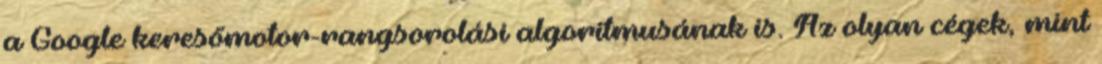
a Google keresőmotor-rangsorolási algoritmusának is. Az olyan cégek, mint